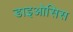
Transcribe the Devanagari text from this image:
डाइओसिस